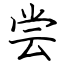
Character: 尝